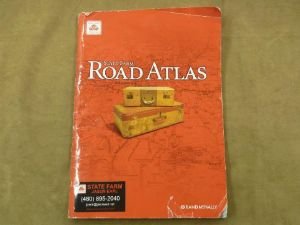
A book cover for State Farm Road Atlas; State Farm Insurance.; Travel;